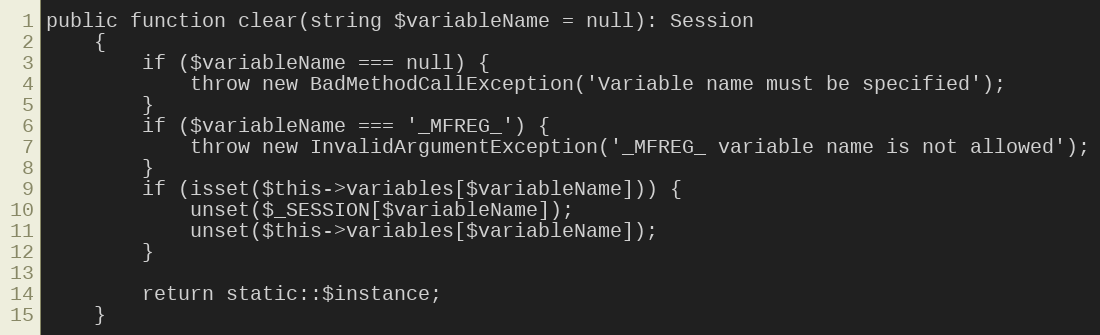
Language: PHP
public function clear(string $variableName = null): Session
    {
        if ($variableName === null) {
            throw new BadMethodCallException('Variable name must be specified');
        }
        if ($variableName === '_MFREG_') {
            throw new InvalidArgumentException('_MFREG_ variable name is not allowed');
        }
        if (isset($this->variables[$variableName])) {
            unset($_SESSION[$variableName]);
            unset($this->variables[$variableName]);
        }

        return static::$instance;
    }